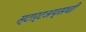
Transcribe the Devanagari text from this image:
स्टार्टअप्सची